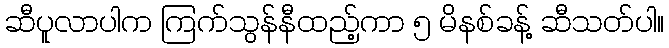
ဆီပူလာပါက ကြက်သွန်နီထည့်ကာ ၅ မိနစ်ခန့် ဆီသတ်ပါ။